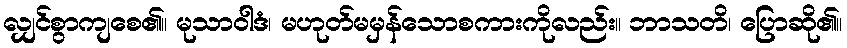
လျှင်စွာကျစေ၏။ မုသာဝါဒံ၊ မဟုတ်မမှန်သောစကားကိုလည်း။ ဘာသတိ၊ ပြောဆို၏။